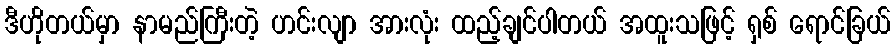
ဒီဟိုတယ်မှာ နာမည်ကြီးတဲ့ ဟင်းလျာ အားလုံး ထည့်ချင်ပါတယ် အထူးသဖြင့် ရှစ် ရောင်ခြယ်